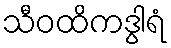
သီဝထိကဒွါရံ